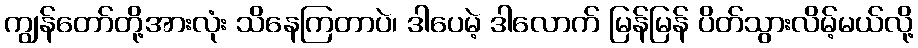
ကျွန်တော်တို့အားလုံး သိနေကြတာပဲ၊ ဒါပေမဲ့ ဒါလောက် မြန်မြန် ပိတ်သွားလိမ့်မယ်လို့